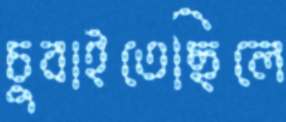
চুবাইতেছিলে